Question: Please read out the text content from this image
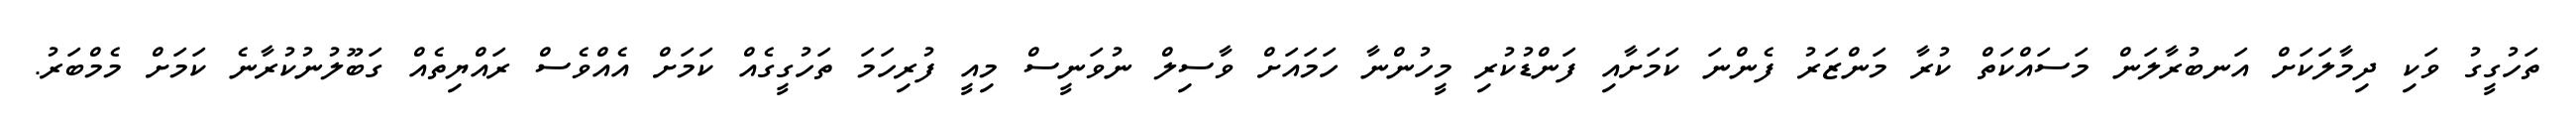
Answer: ތަހުގީގު ވަކި ދިމާލަކަށް އަނބުރާލަން މަސައްކަތް ކުރާ މަންޒަރު ފެންނަ ކަމަށާއި ފަންޑުކުރި މީހުންނާ ހަމައަށް ވާސިލް ނުވަނީސް މިއީ ފުރިހަމަ ތަހުގީގެއް ކަމަށް އެއްވެސް ރައްޔިތެއް ގަބޫލުނުކުރާނެ ކަމަށް މެމްބަރު.